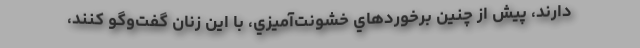
دارند، پيش از چنين برخوردهاي خشونت‌آميزي، با اين زنان گفت‌وگو كنند،